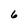
Character: 6